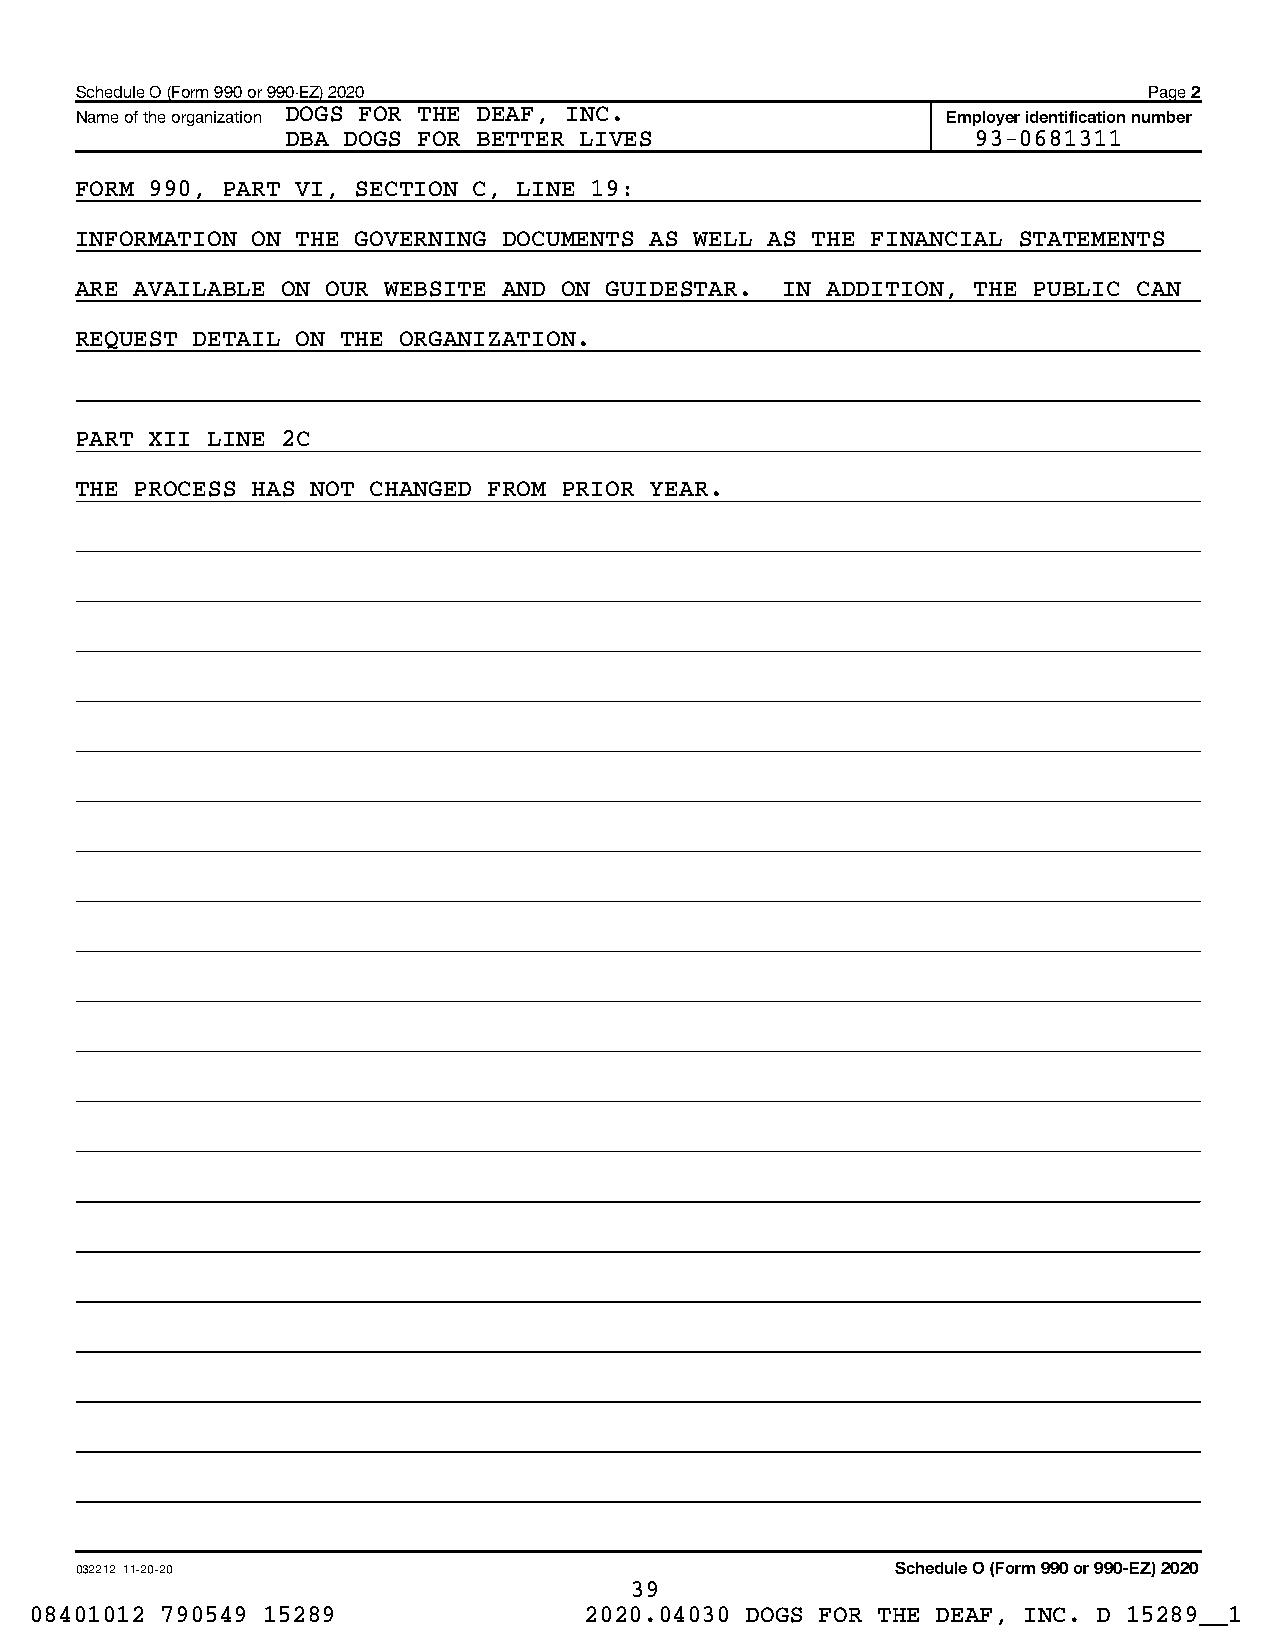
Schedule O (Form 990 or 990-EZ) 2020                                   Page 2
 Name of the organization DOGS FOR THE DEAF, INC.          Employer identification number
 DBA DOGS FOR BETTER LIVES                     93-0681311
 FORM 990, PART VI, SECTION C, LINE 19:
 INFORMATION ON THE GOVERNING DOCUMENTS AS WELL AS THE FINANCIAL STATEMENTS
 ARE AVAILABLE ON OUR WEBSITE AND ON GUIDESTAR. IN ADDITION, THE PUBLIC CAN
 REQUEST DETAIL ON THE ORGANIZATION.
 PART XII LINE 2C
 THE PROCESS HAS NOT CHANGED FROM PRIOR YEAR.
 032212 11-20-20                                       Schedule O (Form 990 or 990-EZ) 2020
 39
 08401012 790549 15289                2020.04030 DOGS FOR THE DEAF, INC. D 15289__1